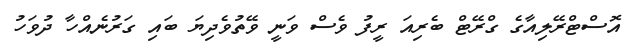
އޮސްޓްރޭލިއާގެ ގްރޭޓް ބެރިއަ ރީފު ވެސް ވަނީ ވޭތުވެދިޔަ ބައި ގަރުނެއްހާ ދުވަހު